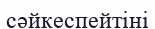
сәйкеспейтіні